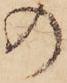
の